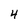
Character: 4